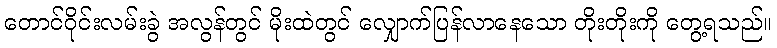
တောင်ဝိုင်းလမ်းခွဲ အလွန်တွင် မိုးထဲတွင် လျှောက်ပြန်လာနေသော တိုးတိုးကို တွေ့ရသည်။